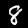
Digit: 8